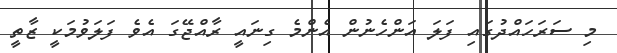
މި ސަރަހައްދުގައި ފަލަ އަންހެނުން އެންމެ ގިނައީ ރާއްޖޭގަ އެވެ ފަލަވުމަކީ ޒާތީ